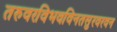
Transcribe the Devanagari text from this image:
तरुवरविभवविनतसुरवरवन